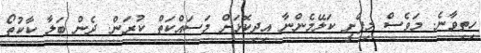
ހިތިވާނެ. މަވެސް މިފެށީ ކަލޭމެންނާ އިދިކޮޅަށް މަސައްކަތް ކުރަން. ދެން ބަލާ ކާކުތޯ